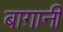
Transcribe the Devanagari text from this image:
बाग़ानी